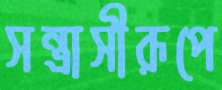
সন্ত্রাসীরূপে